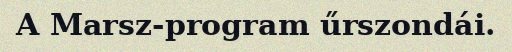
A Marsz-program űrszondái.